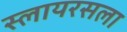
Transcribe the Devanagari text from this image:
स्लायरसला